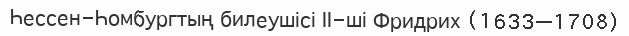
Һессен-Һомбургтың билеушісі ІІ-ші Фридрих (1633—1708)